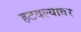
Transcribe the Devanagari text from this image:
हटवल्यावर